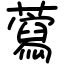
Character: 藛